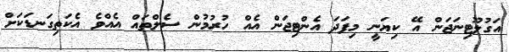
އަގުލޫޓިނަޖަން އޭ ކިޔަނީ މިފަދަ އެންޓިޖަން އެއް ހުރުމުން ސެލްތައް އެއްވެ އެކަތިގަނޑަކަށް